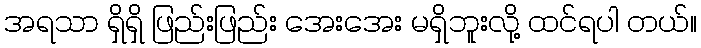
အရသာ ရှိရှိ ဖြည်းဖြည်း အေးအေး မရှိဘူးလို့ ထင်ရပါ တယ်။